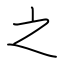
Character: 之